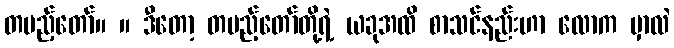
တပည့်တော်။ ။ ဒီတော့ တပည့်တော်တို့ရဲ့ ယခုအထိ စာသင်နည်းဟာ လောက မှာလဲ